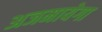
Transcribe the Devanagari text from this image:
अजमायेगा